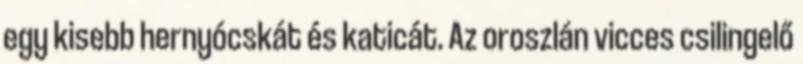
egy kisebb hernyócskát és katicát. Az oroszlán vicces csilingelő